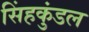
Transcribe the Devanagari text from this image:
सिंहकुंडल